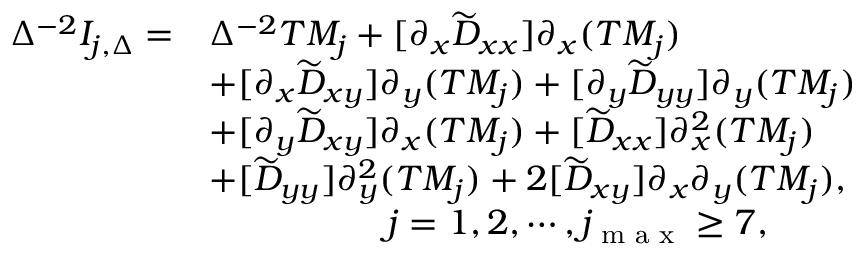
\begin{array} { r l } { \Delta ^ { - 2 } I _ { j , \Delta } = } & { \Delta ^ { - 2 } T M _ { j } + [ \partial _ { x } \widetilde { D } _ { x x } ] \partial _ { x } ( T M _ { j } ) } \\ & { + [ \partial _ { x } \widetilde { D } _ { x y } ] \partial _ { y } ( T M _ { j } ) + [ \partial _ { y } \widetilde { D } _ { y y } ] \partial _ { y } ( T M _ { j } ) } \\ & { + [ \partial _ { y } \widetilde { D } _ { x y } ] \partial _ { x } ( T M _ { j } ) + [ \widetilde { D } _ { x x } ] \partial _ { x } ^ { 2 } ( T M _ { j } ) } \\ & { + [ \widetilde { D } _ { y y } ] \partial _ { y } ^ { 2 } ( T M _ { j } ) + 2 [ \widetilde { D } _ { x y } ] \partial _ { x } \partial _ { y } ( T M _ { j } ) , } \\ & { \quad \quad \quad \quad \quad j = 1 , 2 , \cdots , j _ { \textrm { m a x } } \ge 7 , } \end{array}